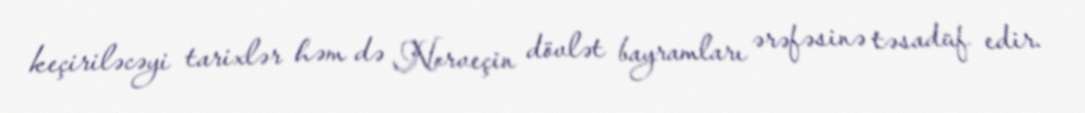
keçiriləcəyi tarixlər həm də Norveçin dövlət bayramları ərəfəsinə təsadüf edir.